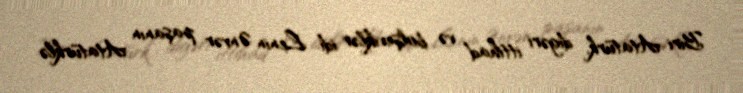
Biri Atatürk, digəri ittihad və bolşeviklər idi. Lenin Ənvər paşanın Atatürklə